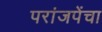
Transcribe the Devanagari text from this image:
परांजपेंचा